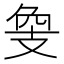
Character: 𢻁